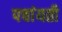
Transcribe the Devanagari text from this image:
पचांयती